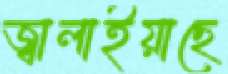
জ্বালাইয়াছে